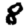
Digit: 8